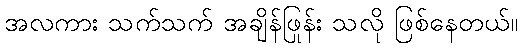
အလကား သက်သက် အချိန်ဖြုန်း သလို ဖြစ်နေတယ်။